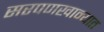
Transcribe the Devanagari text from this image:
सरपणखान्यात